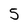
Character: 5